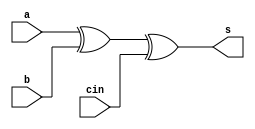
`timescale 1ns / 1ps

module lookahead(
    a,
    b,
    cin,
    s);
    
    input wire[0:0]a;
    input wire[0:0]b;
    input wire[0:0]cin;
    output wire[0:0]s;
   //one bit adder using dataflow modeling
   assign s = (a ^ b) ^ cin;
   
endmodule